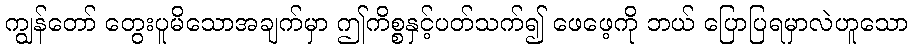
ကျွန်တော် တွေးပူမိသောအချက်မှာ ဤကိစ္စနှင့်ပတ်သက်၍ ဖေဖေ့ကို ဘယ် ပြောပြရမှာလဲဟူသော